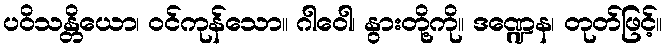
ပဝိသန္တိယော၊ ဝင်ကုန်သော။ ဂါဝေါ၊ နွားတို့ကို။ ဒဏ္ဍေန၊ တုတ်ဖြင့်။